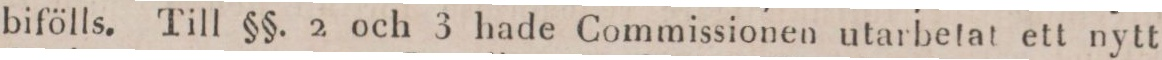
bifölls. Till §§. 2 och 3 hade Commissionen utarbetat ett nytt